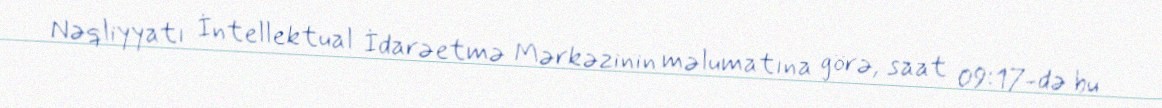
Nəqliyyatı İntellektual İdarəetmə Mərkəzinin məlumatına görə, saat 09:17-də bu